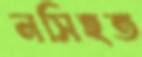
নসিহত